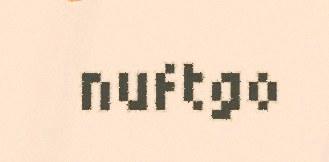
nuftgo